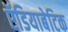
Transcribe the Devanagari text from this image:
ऍडियाबेटिक